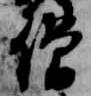
僧